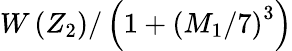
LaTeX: W\left(Z_{2}\right)/\left(1+\left(M_{1}/7\right)^{3}\right)